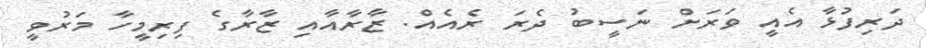
ދަރިފުޅާ އެއީ ވަރަށް ނަސީބު ދެރަ ރެއެއް. ޒާރާއާއި ޒާރާގެ ފިރިމީހާ މަރުވީ